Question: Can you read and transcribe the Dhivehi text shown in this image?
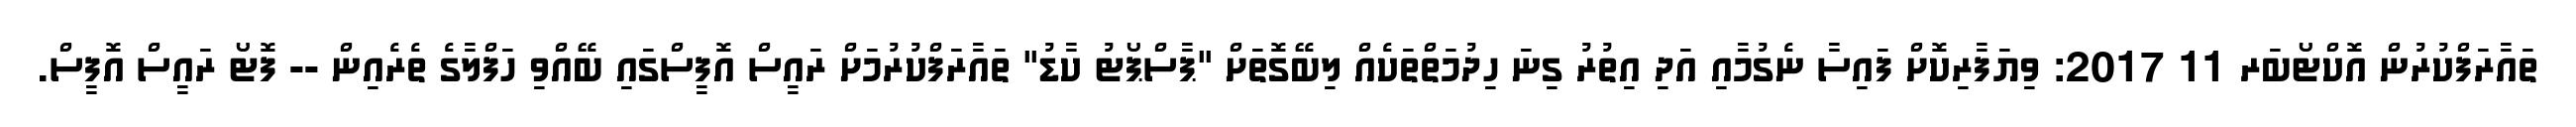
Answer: ތައާރަފްކުރުން އޮކްޓޯބަރ 11 2017: ވިޔަފާރިކޮށް ފައިސާ ނެގުމާއި އަދި އިތުރު ގިނަ ހިދުމަތްތަކެއް ލިބޭގޮތަށް "ޕާސްޕޯޓު ކާޑު" ތައާރަފްކުރުމަށް ރައީސް އޮފީސްގައި ބޭއްވި ހަފްލާގެ ތެރެއިން -- ފޮޓޯ ރައީސް އޮފީސް.